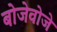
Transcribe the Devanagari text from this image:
बोजेवोजे